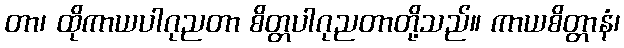
တာ၊ ထိုကာယပါဂုညတာ စိတ္တပါဂုညတာတို့သည်။ ကာယစိတ္တာနံ၊